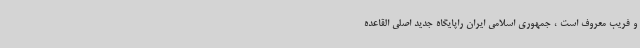
و فریب معروف است ، جمهوری اسلامی ایران راپایگاه جدید اصلی القاعده